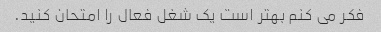
فکر می کنم بهتر است یک شغل فعال را امتحان کنید.